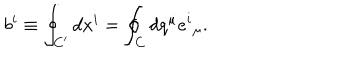
b ^ { i } \equiv \oint _ { C ^ { \prime } } d x ^ { i } = \oint _ { C } d q ^ { \mu } e ^ { i } { } _ { \mu } .